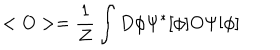
< O > = \frac { 1 } { Z } \int D \phi \Psi ^ { * } [ \phi ] O \Psi [ \phi ]